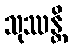
သုဿန္တိ